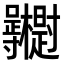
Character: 𭍓